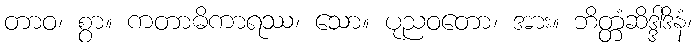
တာဝ၊ စွာ။ ကတာဓိကာရဿ၊ သော။ ပုညဝတော၊ အား။ ဘိတ္တံဆိဒ္ဒါဒိနံ၊